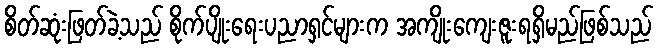
စိတ်ဆုံးဖြတ်ခဲ့သည် စိုက်ပျိုးရေးပညာရှင်များက အကျိုးကျေးဇူးရရှိမည်ဖြစ်သည်